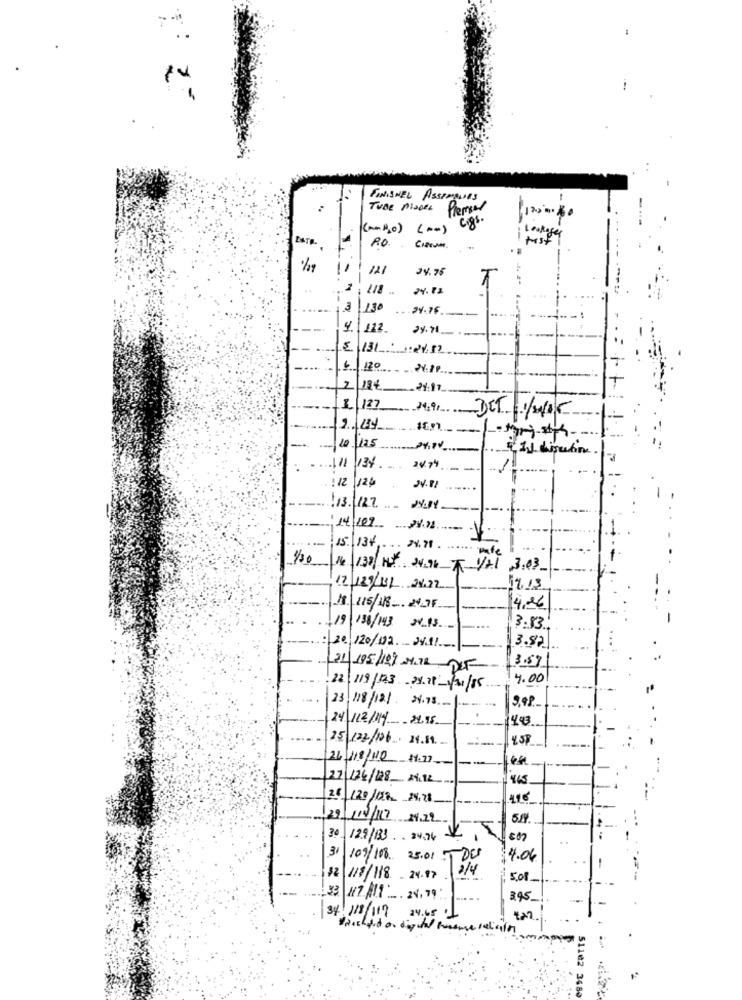
FINISHEL ASSEMBLIES
TUBE MIDDEL Penser
RO.
%
121
24.75
--
118
.3
130
...
24.76
-
4
1 122.
29.71
6
2 18€
-
1 /27
14:91
-
0125
111 134
24.74
12 124
24.81
.....
131127 JNY
14 109 9.
15. 1343.78
/30
14 130/HY. 24.96 / 1/A1 3:03
12 189/11/ 2.22
14.13
18/115/18 2475
14.26
19/138/143 2413.
3.83
20/120/02 2491
3.82
21 195/199 MITB-DLF
3.571
4.00
22 /19/123 24 11/11/01/85
23 118/12/ 24.78 .-
9,98
24/12/14 24.95
443
25 122/106. 24.19
24/18/10 1.17
27/126/128_ 24.12
26 120/128 $5.28
416
29/110/17 24.19
30
129/183 34.94
S
31
109/108 25.01 T DES
4.06
2 1/8/118 24.17
3/4
5,08
:33 17 /11 - 24,79
345
24.65